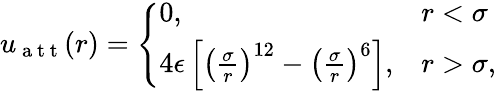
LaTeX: \begin{array}{r}{u_{\mathrm{~a~t~t~}}(r)=\left\{ \begin{array}{ll}{0,\quad}&{r<\sigma}\\ {4\epsilon\left[\left(\frac{\sigma}{r}\right)^{12}-\left(\frac{\sigma}{r}\right)^{6}\right],}&{r>\sigma,}\end{array}\right.}\end{array}